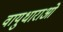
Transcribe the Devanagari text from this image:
वायुधाराओं